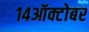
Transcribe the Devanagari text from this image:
१४ऑक्टोबर